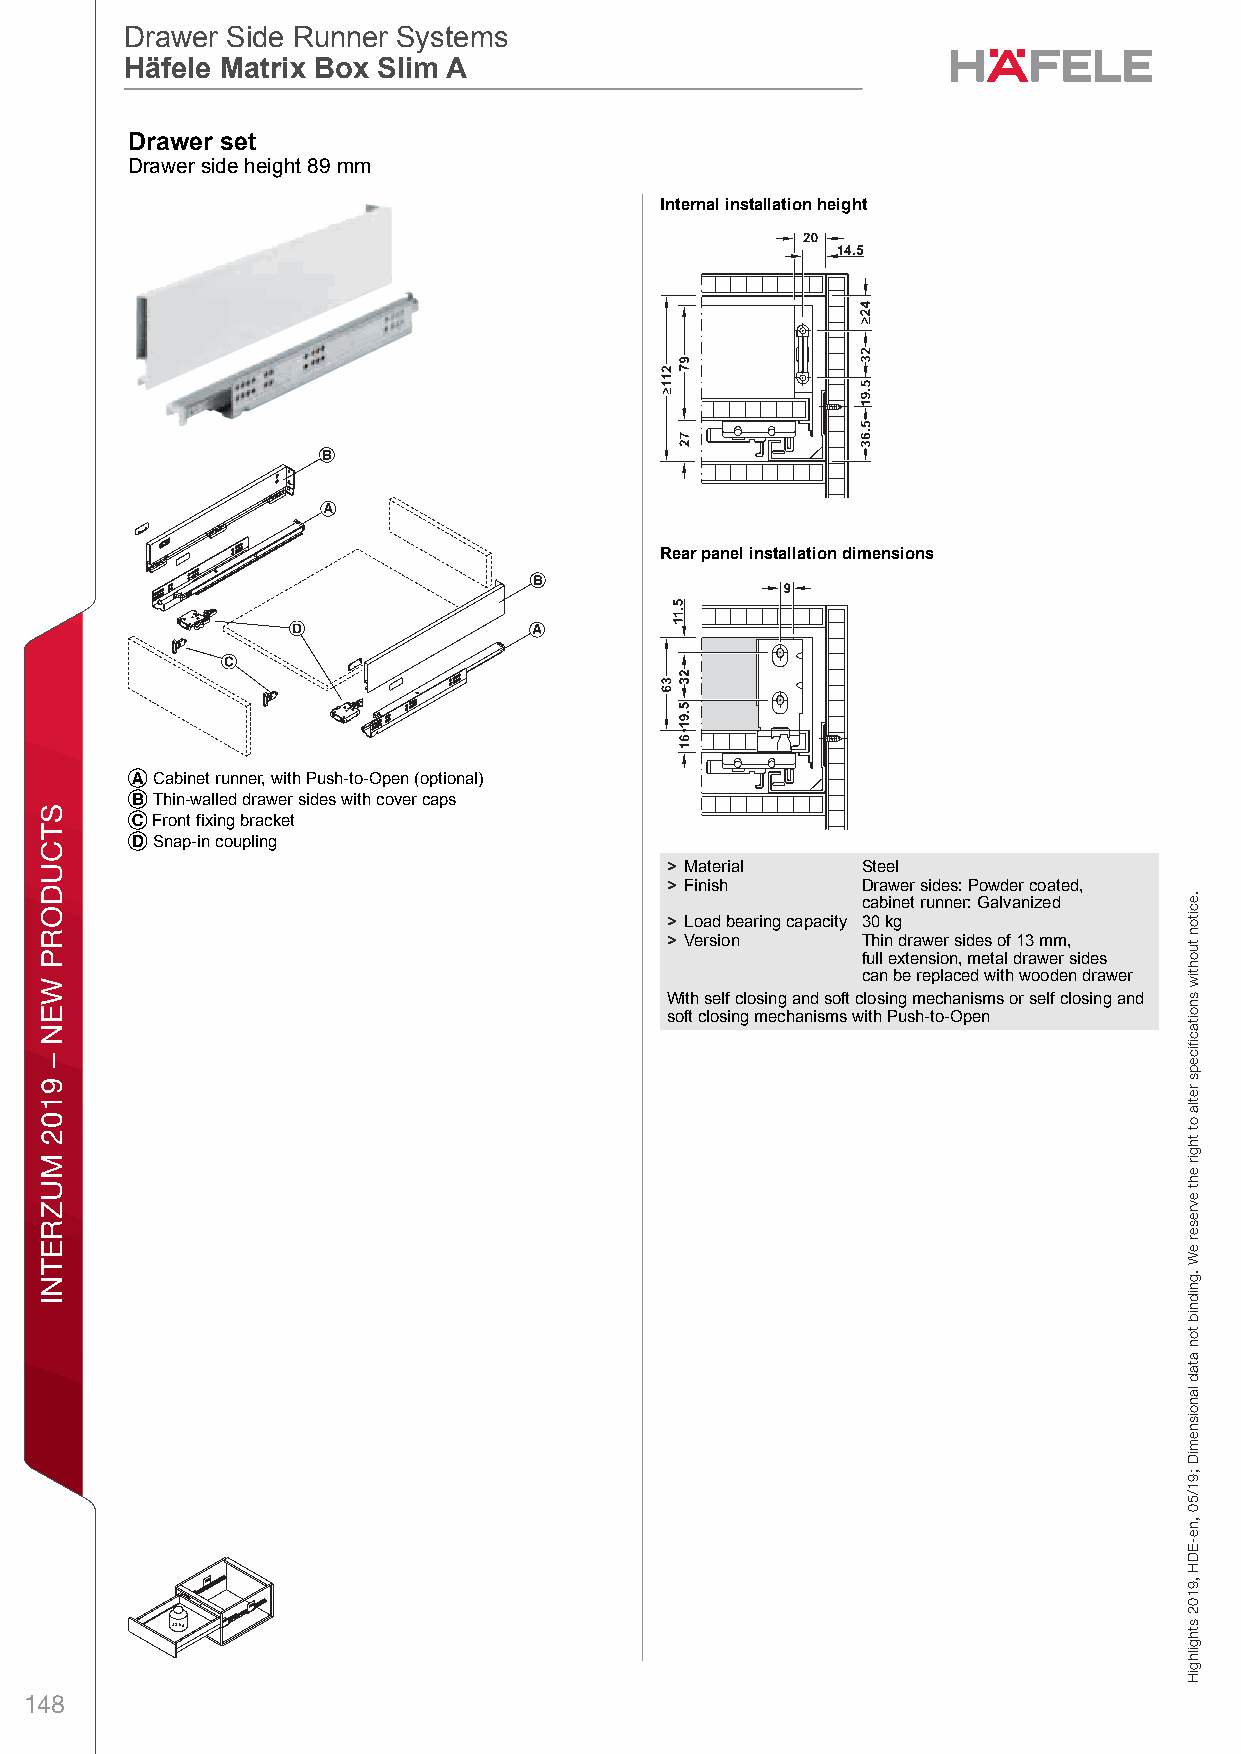
ff19_int_en_08_074.fm Page 74 Thursday, May 2, 2019 10:02 AM
 Drawer Side Runner Systems
 Drawer Side Runner Systems
 Häfele Matrix Box Slim A
 Häfele Matrix Box Slim A
 DDrawer anrd Pulal Out fowr Door Froent FixingrDraw er Sside Ruenner Sytstem sHäfele Matrix Box Slim A – / Planning and ConstructionDimensional data not binding. We reserve the right to alter specifications without notice.
 Drawer side height 89 mm
 Internal installation height
 Rear panel installation dimensions
 A Cabinet runner, with Push-to-Open (optional)
 B Thin-walled drawer sides with cover caps
 C Front fixing bracket
 D Snap-in coupling
 > Material   Steel
 > Finish     Drawer sides: Powder coated,
 cabinet runner: Galvanized
 > Load bearing capacity 30 kg
 > Version    Thin drawer sides of 13 mm,
 full extension, metal drawer sides
 can be replaced with wooden drawer
 With self closing and soft closing mechanisms or self closing and
 8                                        soft closing mechanisms with Push-to-Open
 148
 STCUDORP
 WEN
 –
 9102
 MUZRETNI
 gnixiF
 tnorF
 rooD
 rof
 tuO
 lluP
 dna
 rewarD
 .eciton
 tuohtiw
 snoitacfiiceps
 retla
 ot
 thgir
 eht
 evreser
 eW
 .gnidnib
 ton
 atad
 lanoisnemiD
 ;91/50
 ,ne-EDH
 ,9102
 sthgilhgiH